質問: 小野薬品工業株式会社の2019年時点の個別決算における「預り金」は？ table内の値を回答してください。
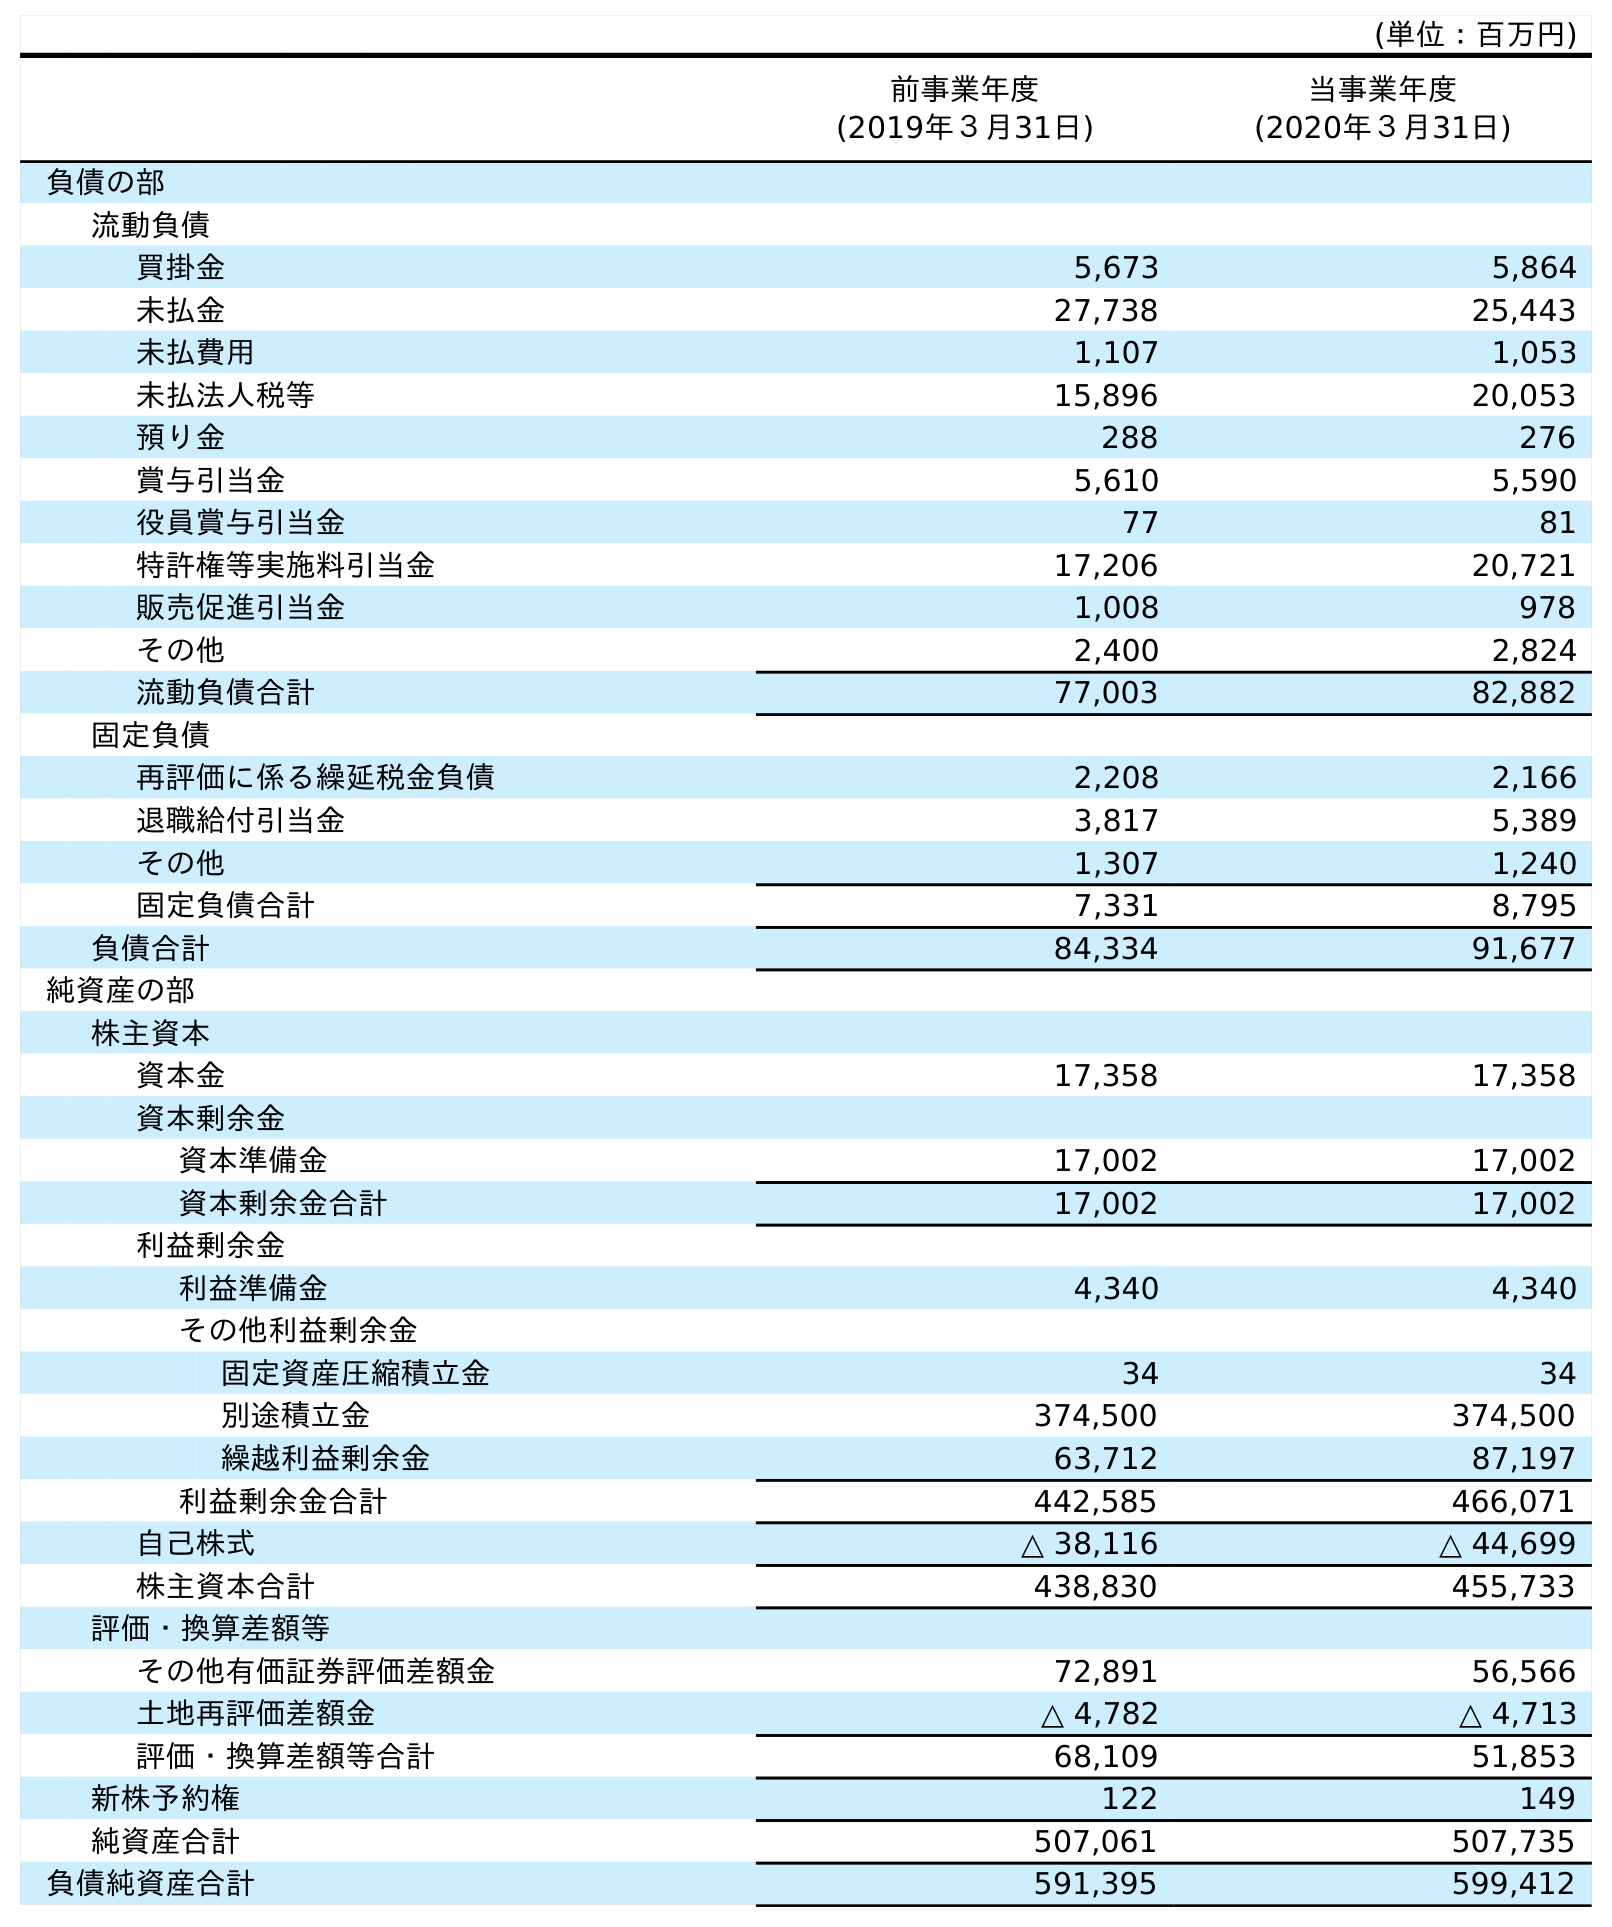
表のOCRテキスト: (単位：百万円) 前事業年度 (2019年３月31日) 当事業年度 (2020年３月31日) 負債の部 流動負債 買掛金 5,673 5,864 未払金 27,738 25,443 未払費用 1,107 1,053 未払法人税等 15,896 20,053 預り金 288 276 賞与引当金 5,610 5,590 役員賞与引当金 77 81 特許権等実施料引当金 17,206 20,721 販売促進引当金 1,008 978 その他 2,400 2,824 流動負債合計 77,003 82,882 固定負債 再評価に係る繰延税金負債 2,208 2,166 退職給付引当金 3,817 5,389 その他 1,307 1,240 固定負債合計 7,331 8,795 負債合計 84,334 91,677 純資産の部 株主資本 資本金 17,358 17,358 資本剰余金 資本準備金 17,002 17,002 資本剰余金合計 17,002 17,002 利益剰余金 利益準備金 4,340 4,340 その他利益剰余金 固定資産圧縮積立金 34 34 別途積立金 374,500 374,500 繰越利益剰余金 63,712 87,197 利益剰余金合計 442,585 466,071 自己株式 △ 38,116 △ 44,699 株主資本合計 438,830 455,733 評価・換算差額等 その他有価証券評価差額金 72,891 56,566 土地再評価差額金 △ 4,782 △ 4,713 評価・換算差額等合計 68,109 51,853 新株予約権 122 149 純資産合計 507,061 507,735 負債純資産合計 591,395 599,412
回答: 288